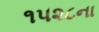
૧૫૨૮ના